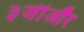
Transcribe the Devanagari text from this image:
३जीऔर